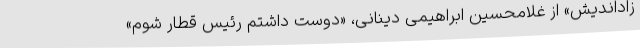
زاداندیش» از غلامحسین ابراهیمی دینانی، «دوست داشتم رئیس قطار شوم»